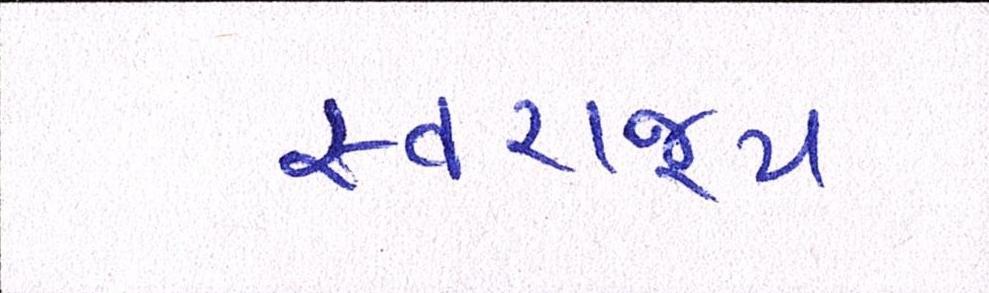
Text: સ્વરાજ્ય